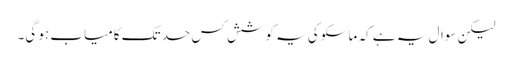
لیکن سوال یہ ہے کہ ماسکو کی یہ کوشش کس حد تک کامیاب ہو گی۔